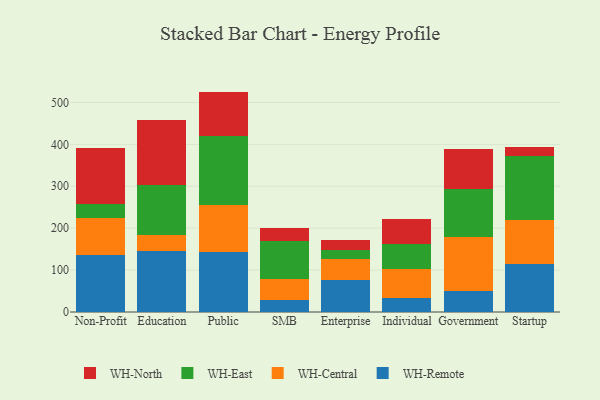
{"axis": {"x": "Segment", "y": "Backlog"}, "legend": ["WH-Central", "WH-East", "WH-North", "WH-Remote"], "data": [{"x": "Non-Profit", "y": 135.9, "type": "WH-Remote"}, {"x": "Non-Profit", "y": 88.6, "type": "WH-Central"}, {"x": "Non-Profit", "y": 32.1, "type": "WH-East"}, {"x": "Non-Profit", "y": 135.2, "type": "WH-North"}, {"x": "Education", "y": 146.6, "type": "WH-Remote"}, {"x": "Education", "y": 37.6, "type": "WH-Central"}, {"x": "Education", "y": 119.2, "type": "WH-East"}, {"x": "Education", "y": 154.6, "type": "WH-North"}, {"x": "Public", "y": 143.8, "type": "WH-Remote"}, {"x": "Public", "y": 112.4, "type": "WH-Central"}, {"x": "Public", "y": 164.8, "type": "WH-East"}, {"x": "Public", "y": 104.8, "type": "WH-North"}, {"x": "SMB", "y": 29.2, "type": "WH-Remote"}, {"x": "SMB", "y": 49.5, "type": "WH-Central"}, {"x": "SMB", "y": 90.8, "type": "WH-East"}, {"x": "SMB", "y": 32.1, "type": "WH-North"}, {"x": "Enterprise", "y": 75.5, "type": "WH-Remote"}, {"x": "Enterprise", "y": 50.3, "type": "WH-Central"}, {"x": "Enterprise", "y": 22.9, "type": "WH-East"}, {"x": "Enterprise", "y": 22.4, "type": "WH-North"}, {"x": "Individual", "y": 34.1, "type": "WH-Remote"}, {"x": "Individual", "y": 69.1, "type": "WH-Central"}, {"x": "Individual", "y": 59.8, "type": "WH-East"}, {"x": "Individual", "y": 58.4, "type": "WH-North"}, {"x": "Government", "y": 50.8, "type": "WH-Remote"}, {"x": "Government", "y": 127.9, "type": "WH-Central"}, {"x": "Government", "y": 114.9, "type": "WH-East"}, {"x": "Government", "y": 95.3, "type": "WH-North"}, {"x": "Startup", "y": 115.6, "type": "WH-Remote"}, {"x": "Startup", "y": 104.9, "type": "WH-Central"}, {"x": "Startup", "y": 151.3, "type": "WH-East"}, {"x": "Startup", "y": 21.6, "type": "WH-North"}]}